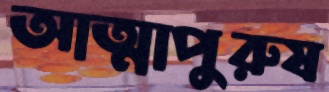
আত্মাপুরুষ